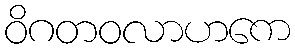
ဝိဂတဝလာဟကေ